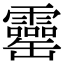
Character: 𦉣